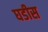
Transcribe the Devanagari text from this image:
घडीस